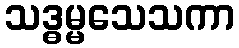
သဒ္ဓမ္မသေသကာ